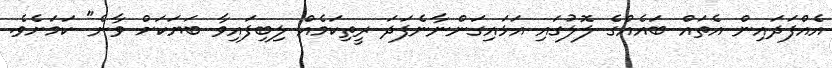
އެއްފަދައިން އެތައް ބައެއްގެ ލޮލުގައި އަޅައިގަންނާނެފަދަ ރީތިކަމެއް ލިބިފައިވާ ބަޔަކަށް ވާނެ" ކަމަށެވެ.